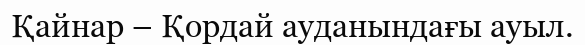
Қайнар – Қордай ауданындағы ауыл.